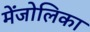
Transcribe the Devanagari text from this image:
मेंजोलिका